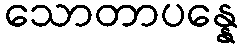
သောတာပန္နေ